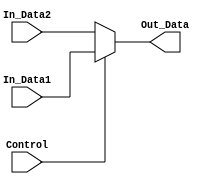
module Mux 
#
(
 parameter Size_Data = 0  
)
(
   input Control,
	input [Size_Data:0] In_Data1,
	input [Size_Data:0] In_Data2,
	output reg [Size_Data:0] Out_Data
);
always @(*)
begin
Out_Data = (Control==1)? In_Data1:In_Data2;
end
endmodule